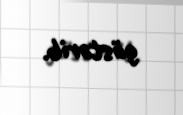
göstərib.